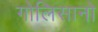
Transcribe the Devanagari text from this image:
गोलिसानो